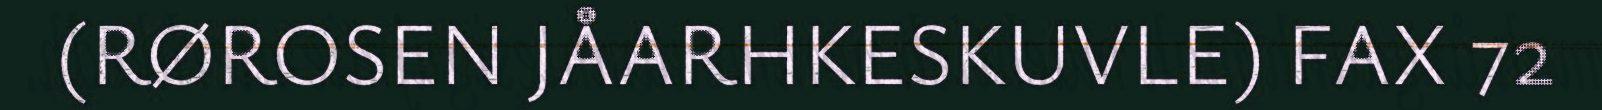
(RØROSEN JÅARHKESKUVLE) FAX 72